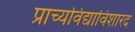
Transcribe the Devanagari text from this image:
प्राच्यविद्याविशारद